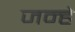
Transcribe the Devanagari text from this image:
जन्हे